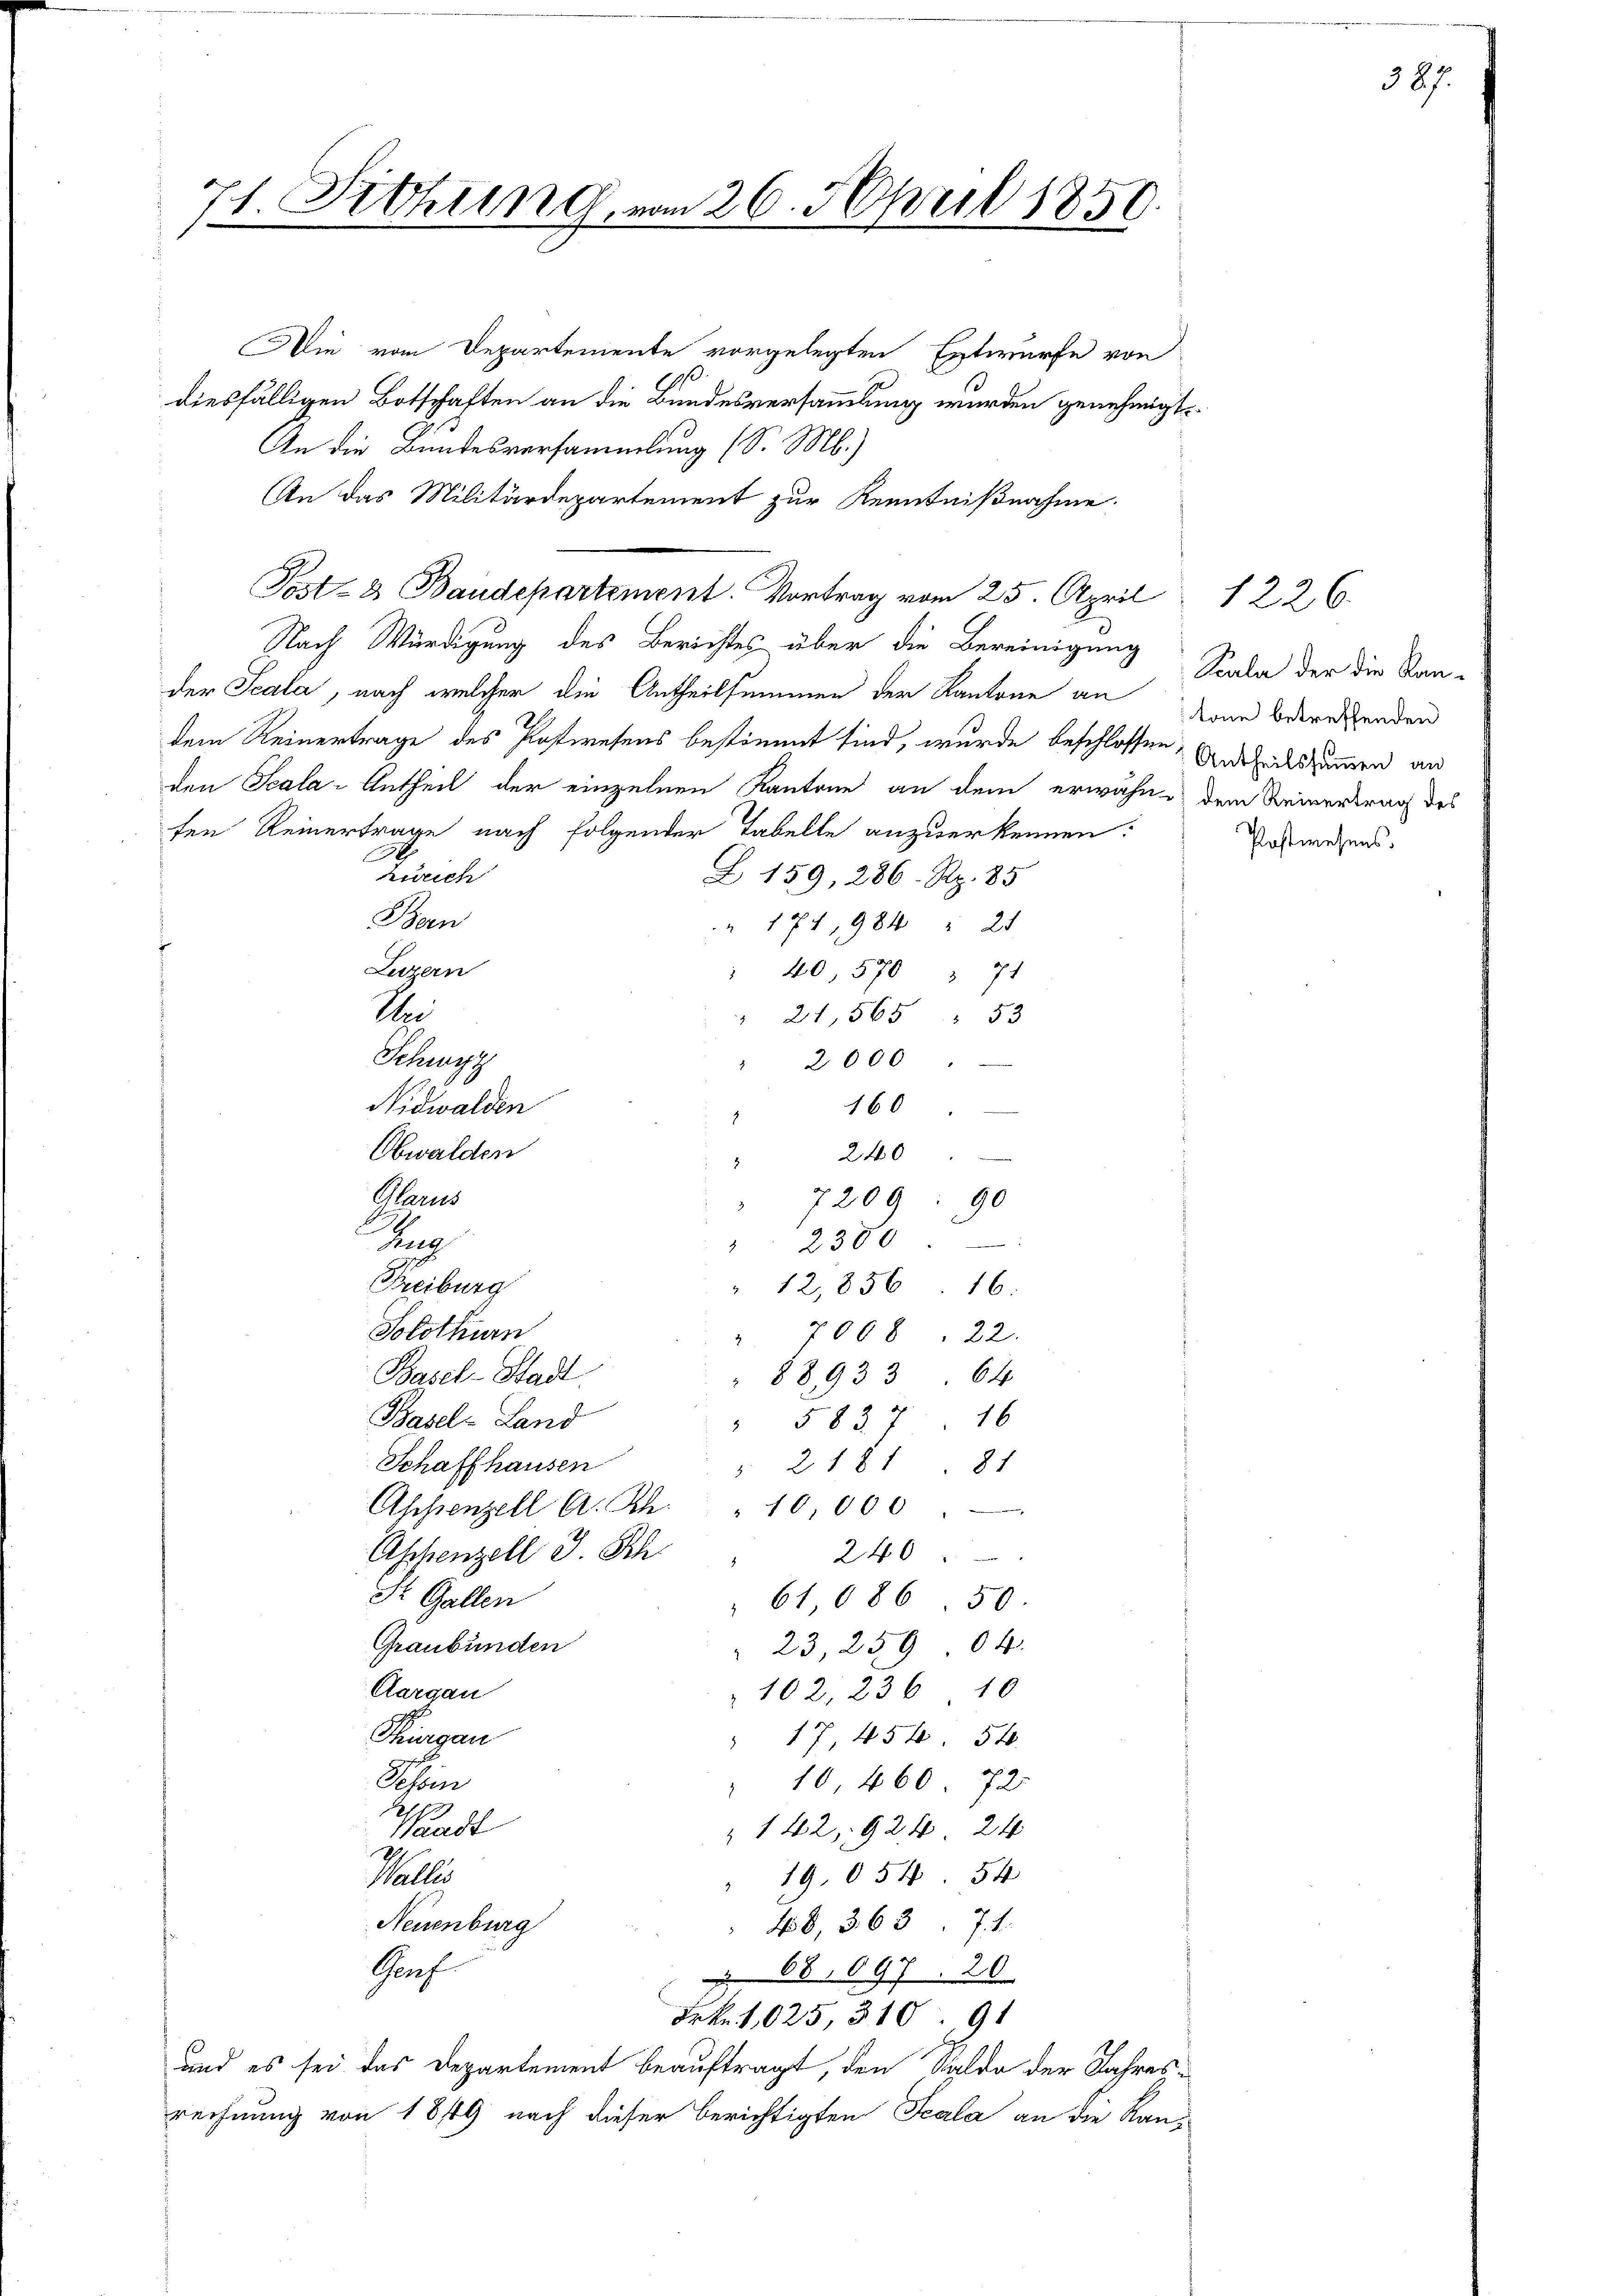
71. Sitzung vom 26. April 1850.

Die vom Departemente vorgelegten Entwurfe von
diesfälligen Botschaften an die Bundesversammlung wurden genehmigt
An die Bundesversammlung (S. M.)
An das Militärdepartement zur Kenntnißnahme.
Post- & Baudepartement. Vortrag vom 25. April 1226.
Nach Würdigung des Berichtes über die Bereinigung
der Scala, nach welcher die Antheilsammen der Kantone an
dem Reinertrage des Postwesens bestimmt sind, wurde beschlossen, Andelskammen an
den Scala-Antheil der einzelnen Kantone an dem erwähne dem Reinertrag des
fen Reinertrage nach folgender Tabelle anzuerkennen:
A
zurich
Z 159, 286. Rp. 85
Bern
" 174, 984 " 21
Luzern
" 40. 570 " 71
Un
" 21,565 " 53
Schwyz
2000
160
Nidwalden
Obwalden
240
Plarus
7209
90
Kap
2300
Freiburg
12,856. 16.
Solothurn
7008. 22.
Basel-Stadt
88933. 64
Basel-Land
5837. 16
Schaffhausen
81
2181
Aschenzell A. Rh. " 10000
Aschenzell I. Sch
240
I Gallen
61,086. 50.
Graubünden
" 23, 259. 64.
Aargau
102. 236 10
Thurgau
" 17, 454. 54.
Schön
" 10, 460. 72
Waadt
142, 924. 24
19,054. 54
Talles
Neuenburg
48, 363 f. 1.
Gruf
 68. 697. 20
Frk. 1025, 310. 191
und es sei das Departement beauftragt, den Saldo der Jahresrechnung von 1849 nach dieser berichtigten Scala an die Kan¬

Paula der die Kantone betreffenden
Postwesens.

387.